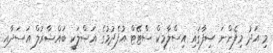
މި އަދު މިފެންނަ ޞިފާގައި އިސްލާމިކް ސްޓޭޓް އުފެދުމުގެ އަޞްލަކީ ބައްޝާރުލް އަސަދާއި